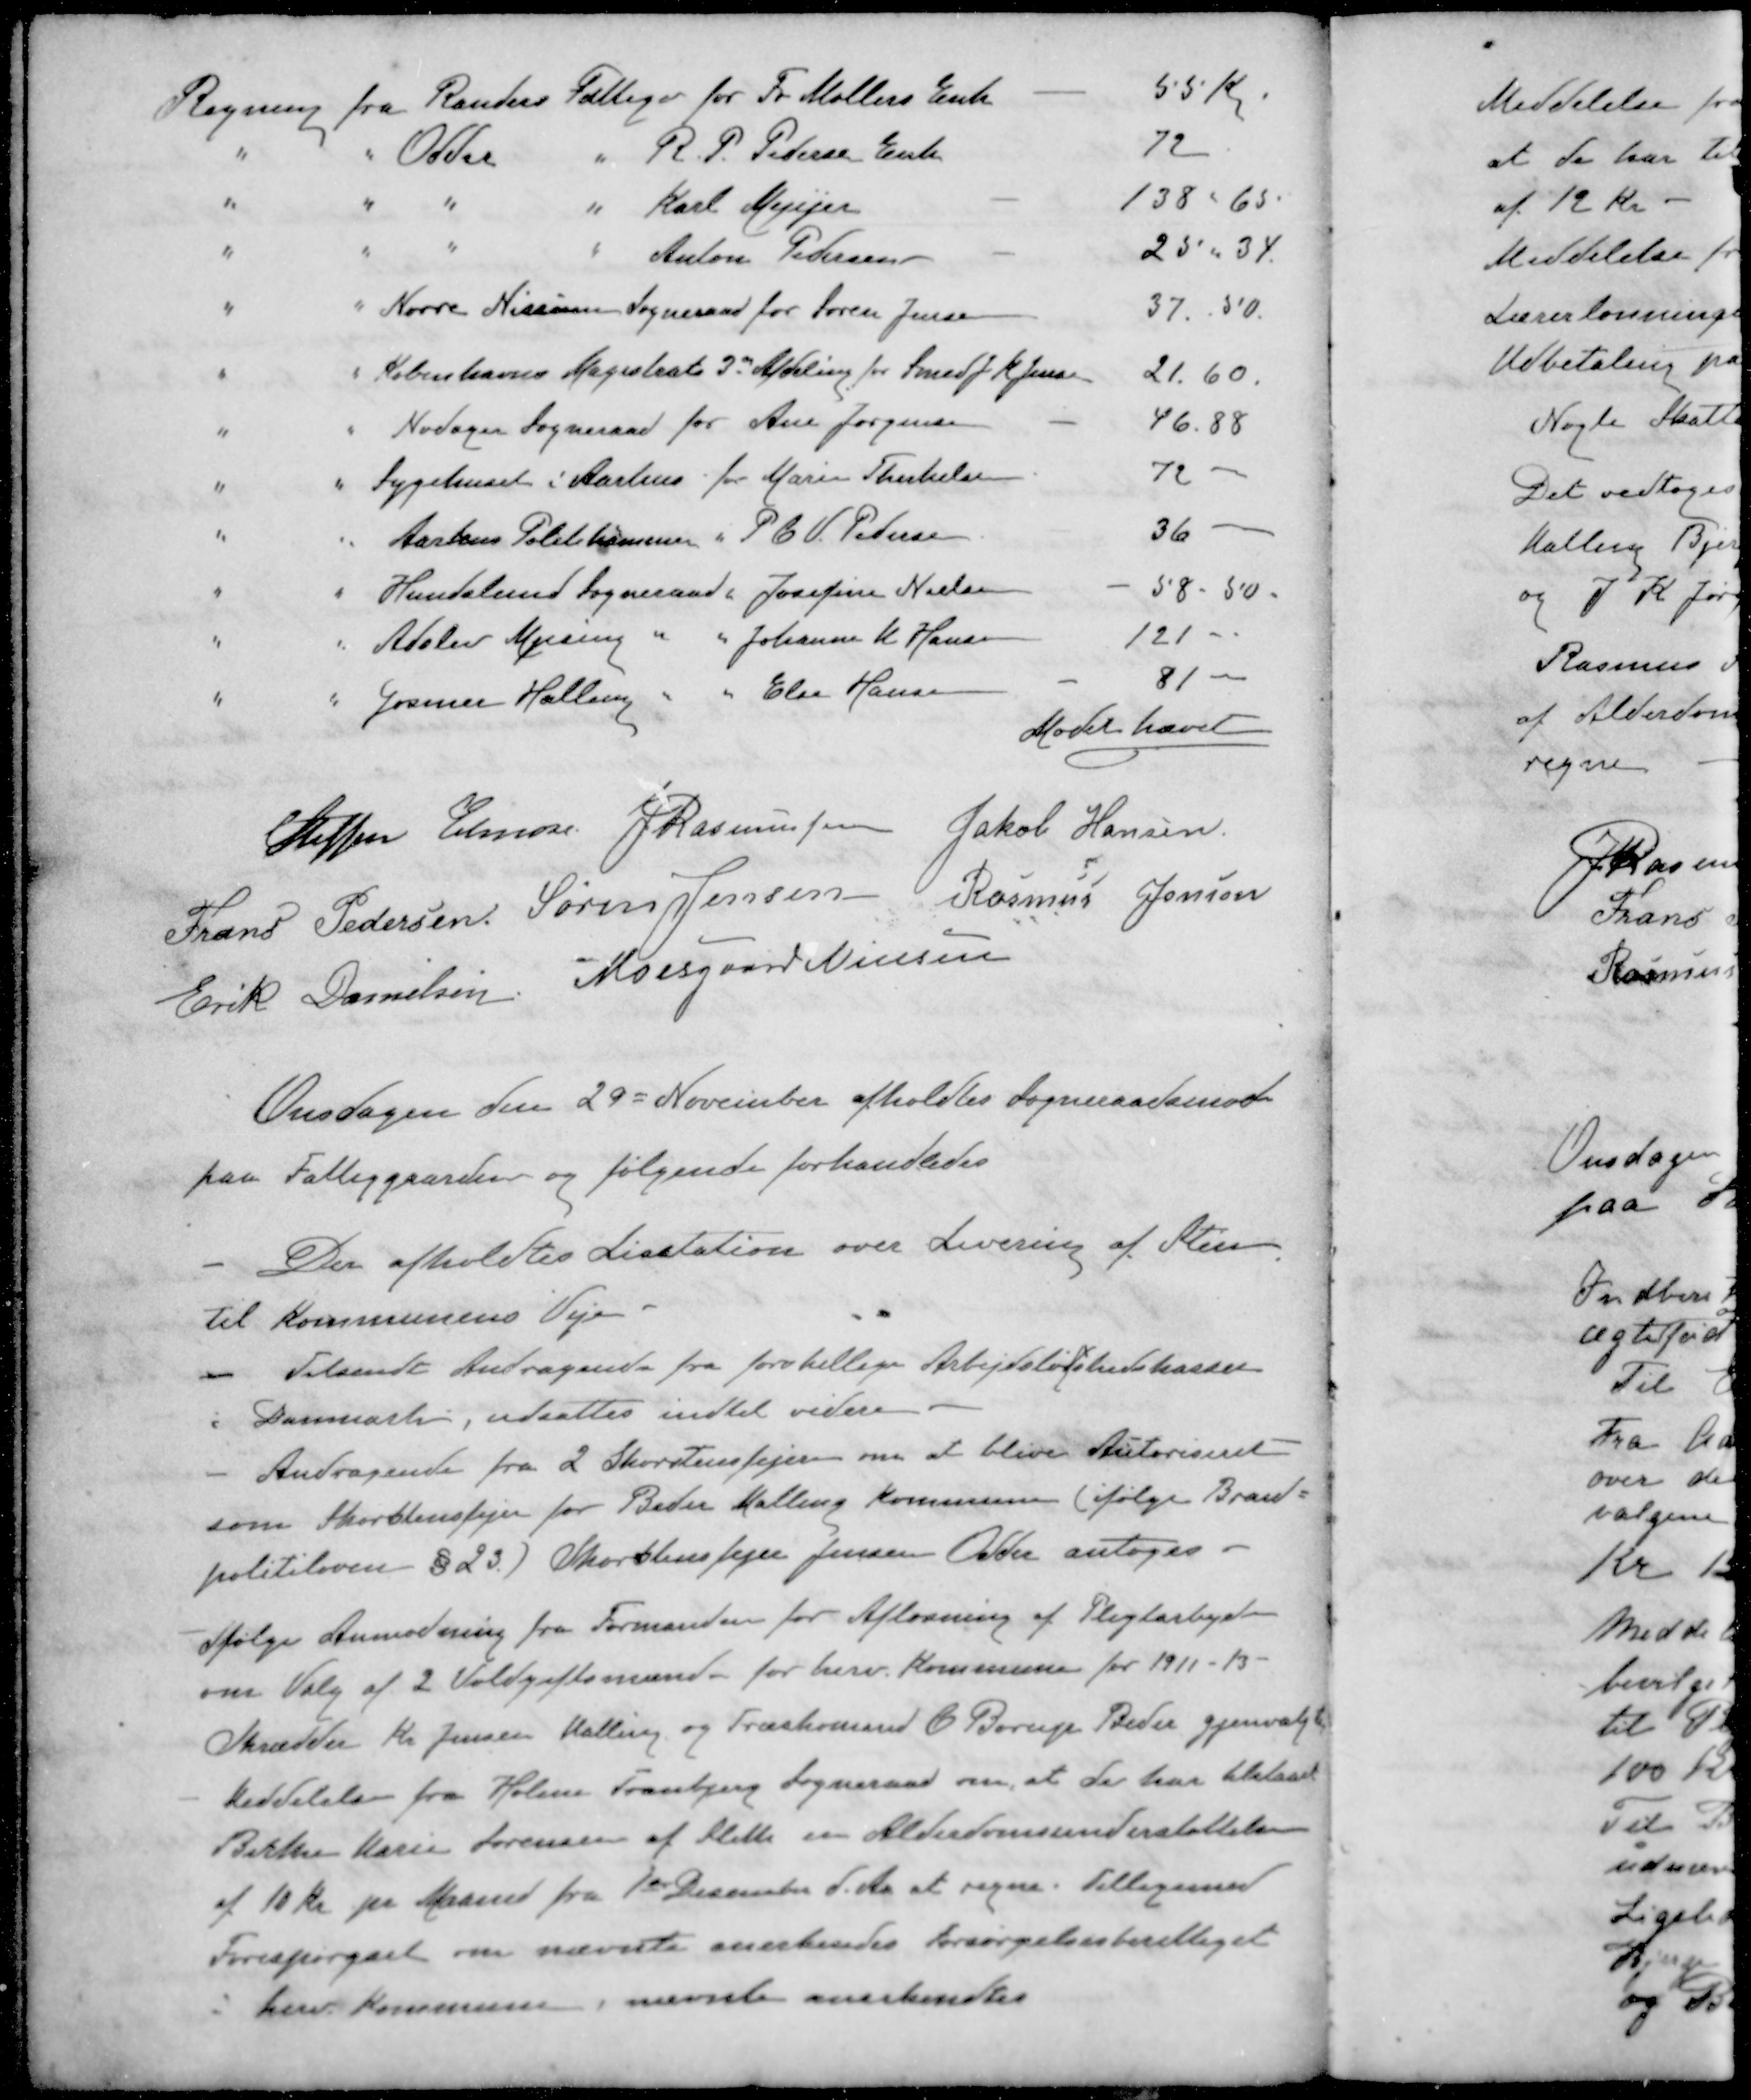
Transskription:
Regning fra Randers Fattigv for Fr. Møllers Enk
55 Kr.
" " Odder " R. P. Pedersen Enke
72
" " " " Karl Meyer
138 " 65
" " " " Anton Petersen
25 " 34.
" " Nørre Nissum Sogneraad for Søren Jensen
37.50.
" " Københavns Magistrat 3' Afdeling for Smed J. K. Jensen
21.60.
" " Nødager Sogneraad for Ane Jørgensen
46.88
" " Sygehuset i Aarhus for Marie Therkelsen
72
" " Aarhus Politikammer " P. C. V. Pedersen
36
" " Hundslund Sogneraad " Josefine Nielsen
58 - 50.
" " Adslev Mjesing " " Johanne K Hansen
121
" " Gosmer Halling " " Else Hansen
81
Mødet hævet
Steffen Elmose
J Rasmussen
Jakob Hansen
Frans Pedersen
Søren Jensen
Rasmus Jensen
Erik Danielsen
Moesgaard Nielsen
Onsdagen den 29 November afholdtes Sogneraadsmøde
paa Fattiggaarden og følgende forhandledes
- Der afholdtes Licitation over Levering af Sten
til Kommunens Veje
- Tilsendt Andragende fra forskellige Arbejdsløshedskasser
i Danmark, udsattes indtil videre
- Andragende fra 2 Skorstensfejere om at blive Autoriseret
som Skorstensfejer for Beder Malling Kommune (ifølge Brand-
politiloven § 23) Skorstensfejer Jensen Odder antoges.
- Ifølge Anmodning fra Formanden for Afløsning af Pligtarbejde
om Valg af 2 Voldgiftsmænd for herv. Kommune for 1911-13.
Skrædder Kr. Jensen Malling og Træskomand C. Borup Beder gjenvalgt
- Meddelelse fra Holme Tranbjerg Sogneraad om, at de har tilstaaet
Birthe Marie Sørensen af Sleth er Alderdomsunderstøttelse
af 10 kr pr Maaned fra 1ste December d. Aa at regne. Tilligemed
Forespørgsel om nævnte anerkendes forsørgelsesberettiget
i herv Kommune, nævnte anerkendtes